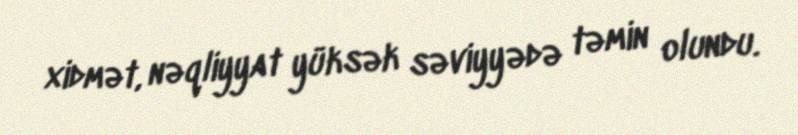
xidmət, nəqliyyat yüksək səviyyədə təmin olundu.